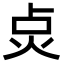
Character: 𭴙